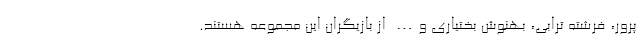
پرور، فرشته ترابی، بهنوش بختیاری و… از بازیگران این مجموعه هستند.